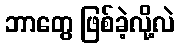
ဘာတွေ ဖြစ်ခဲ့လို့လဲ